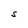
Character: S